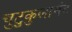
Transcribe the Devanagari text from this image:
चुटुकुलानंद